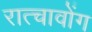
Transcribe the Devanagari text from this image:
रात्चावोंग